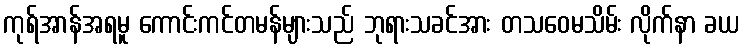
ကုရ်အာန်အရမူ ကောင်းကင်တမန်များသည် ဘုရားသခင်အား တသဝေမသိမ်း လိုက်နာ ခယ